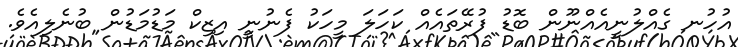
އުހުނ ގެއްލުނީއެއްނޫން ބޮޑު ފުރޭތައެއް ކަހަލަ މީހަކު ފެނުނީ އިޒިކް މަޑުމަޑުން ބުނެލިއެވެ.